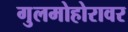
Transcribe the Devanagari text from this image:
गुलमोहोरावर